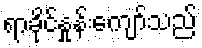
ရာခိုင်နှုန်းကျော်သည်